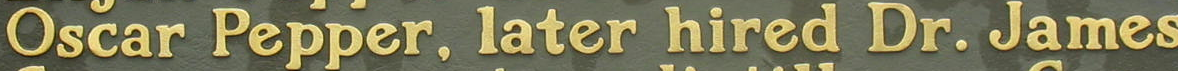
Oscar Pepper. later hired Dr. James